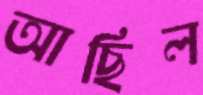
আছিল